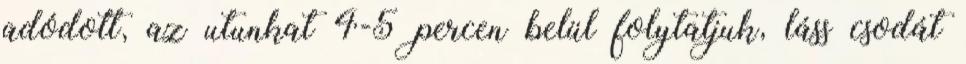
adódott, az utunkat 4-5 percen belül folytatjuk, láss csodát